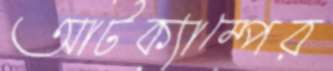
আর্টক্যাম্পের